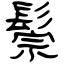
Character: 鬃